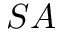
S A